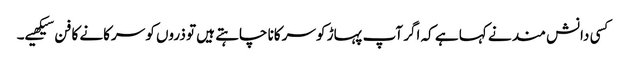
کسی دانش مند نے کہا ہے کہ اگر آپ پہاڑ کو سرکانا چاہتے ہیں تو ذروں کو سرکانے کا فن سیکھیے۔